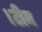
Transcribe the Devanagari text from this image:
।टीम